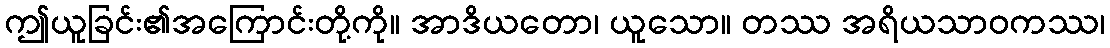
ဤယူခြင်း၏အကြောင်းတို့ကို။ အာဒိယတော၊ ယူသော။ တဿ အရိယသာဝကဿ၊